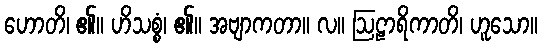
ဟောတိ၊ ၏။ ဟိသစ္စံ၊ ၏။ အဗျာကတာ။ လ။ ဩဠာရိကာတိ၊ ဟူသော။